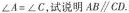
$$\angle A=\angle C$$，试说明$$AB\parallel CD$$.